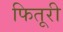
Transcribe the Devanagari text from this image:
फितूरी